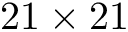
2 1 \times 2 1